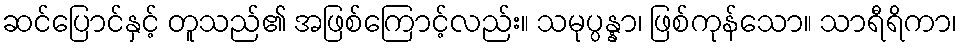
ဆင်ပြောင်နှင့် တူသည်၏ အဖြစ်ကြောင့်လည်း။ သမုပ္ပန္နာ၊ ဖြစ်ကုန်သော။ သာရီရိကာ၊